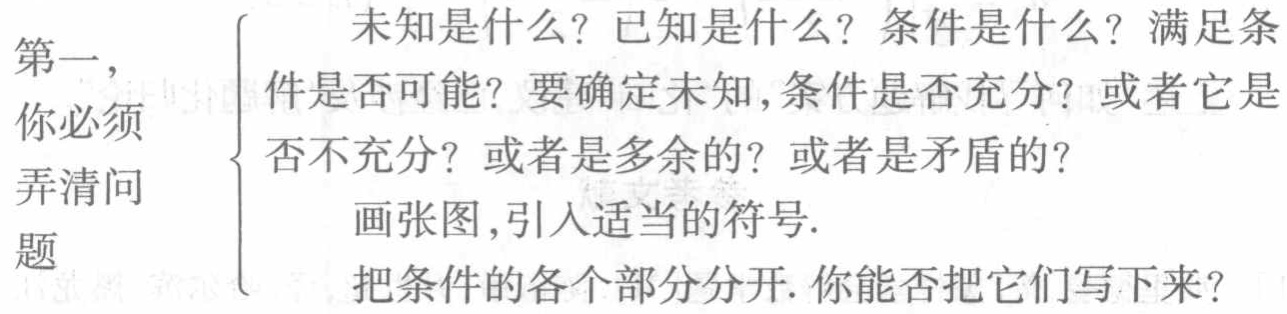
第一，你必须弄清问题
\begin{enumerate}
\item 未知是什么？已知是什么？条件是什么？满足条件是否可能？要确定未知，条件是否充分？或者它是否不充分？或者是多余的？或者是矛盾的？
\item 画张图，引入适当的符号.
\item 把条件的各个部分分开. 你能否把它们写下来？
\end{enumerate}